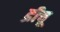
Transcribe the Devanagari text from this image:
द्रीचू